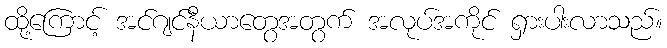
ထို့ကြောင့် အင်ဂျင်နီယာတွေအတွက် အလုပ်အကိုင် ရှားပါးလာသည်။